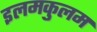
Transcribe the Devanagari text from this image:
इलमकुलम